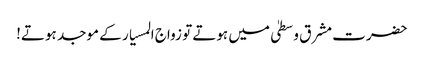
حضرت مشرق وسطیٰ میں ہوتے تو زواج المسیار کے موجد ہوتے!